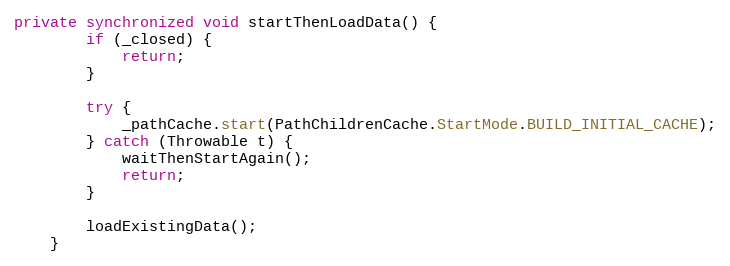
Language: Java
private synchronized void startThenLoadData() {
        if (_closed) {
            return;
        }

        try {
            _pathCache.start(PathChildrenCache.StartMode.BUILD_INITIAL_CACHE);
        } catch (Throwable t) {
            waitThenStartAgain();
            return;
        }

        loadExistingData();
    }